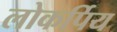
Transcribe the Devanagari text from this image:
लोकर्पिय